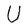
Character: U